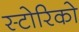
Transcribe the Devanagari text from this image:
स्टोरिको